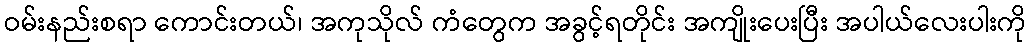
ဝမ်းနည်းစရာ ကောင်းတယ်၊ အကုသိုလ် ကံတွေက အခွင့်ရတိုင်း အကျိုးပေးပြီး အပါယ်လေးပါးကို